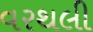
વરથલી